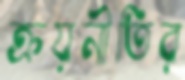
ক্রয়নীতির